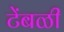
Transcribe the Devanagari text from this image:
टेंबळी